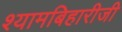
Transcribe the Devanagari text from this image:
श्यामबिहारीजी